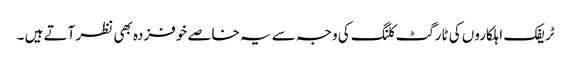
ٹریفک اہلکاروں کی ٹارگٹ کلنگ کی وجہ سے یہ خاصے خوفزدہ بھی نظر آتے ہیں ۔